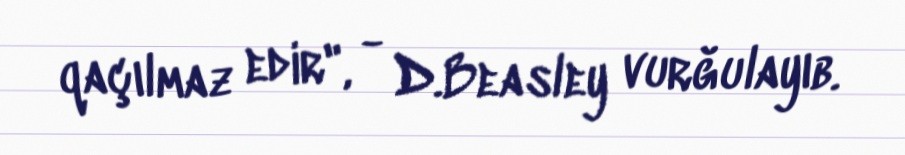
qaçılmaz edir", - D.Beasley vurğulayıb.